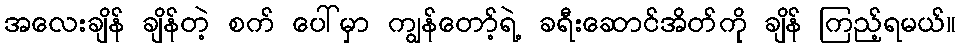
အလေးချိန် ချိန်တဲ့ စက် ပေါ်မှာ ကျွန်တော့်ရဲ့ ခရီးဆောင်အိတ်ကို ချိန် ကြည့်ရမယ်။